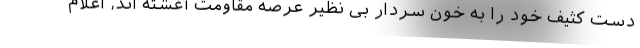
دست کثیف خود را به خون سردار بی نظیر عرصه مقاومت آغشته اند، اعلام